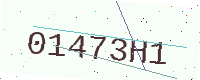
Text: 01473H1